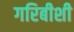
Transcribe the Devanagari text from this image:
गरिबीशी